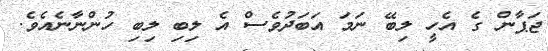
ޖަޕާން ގެ އެހީ ލިބޭ ނަމަ އަބަދުވެސް އެ ލިބި ލިބި ހުންނާނެއެވެ.